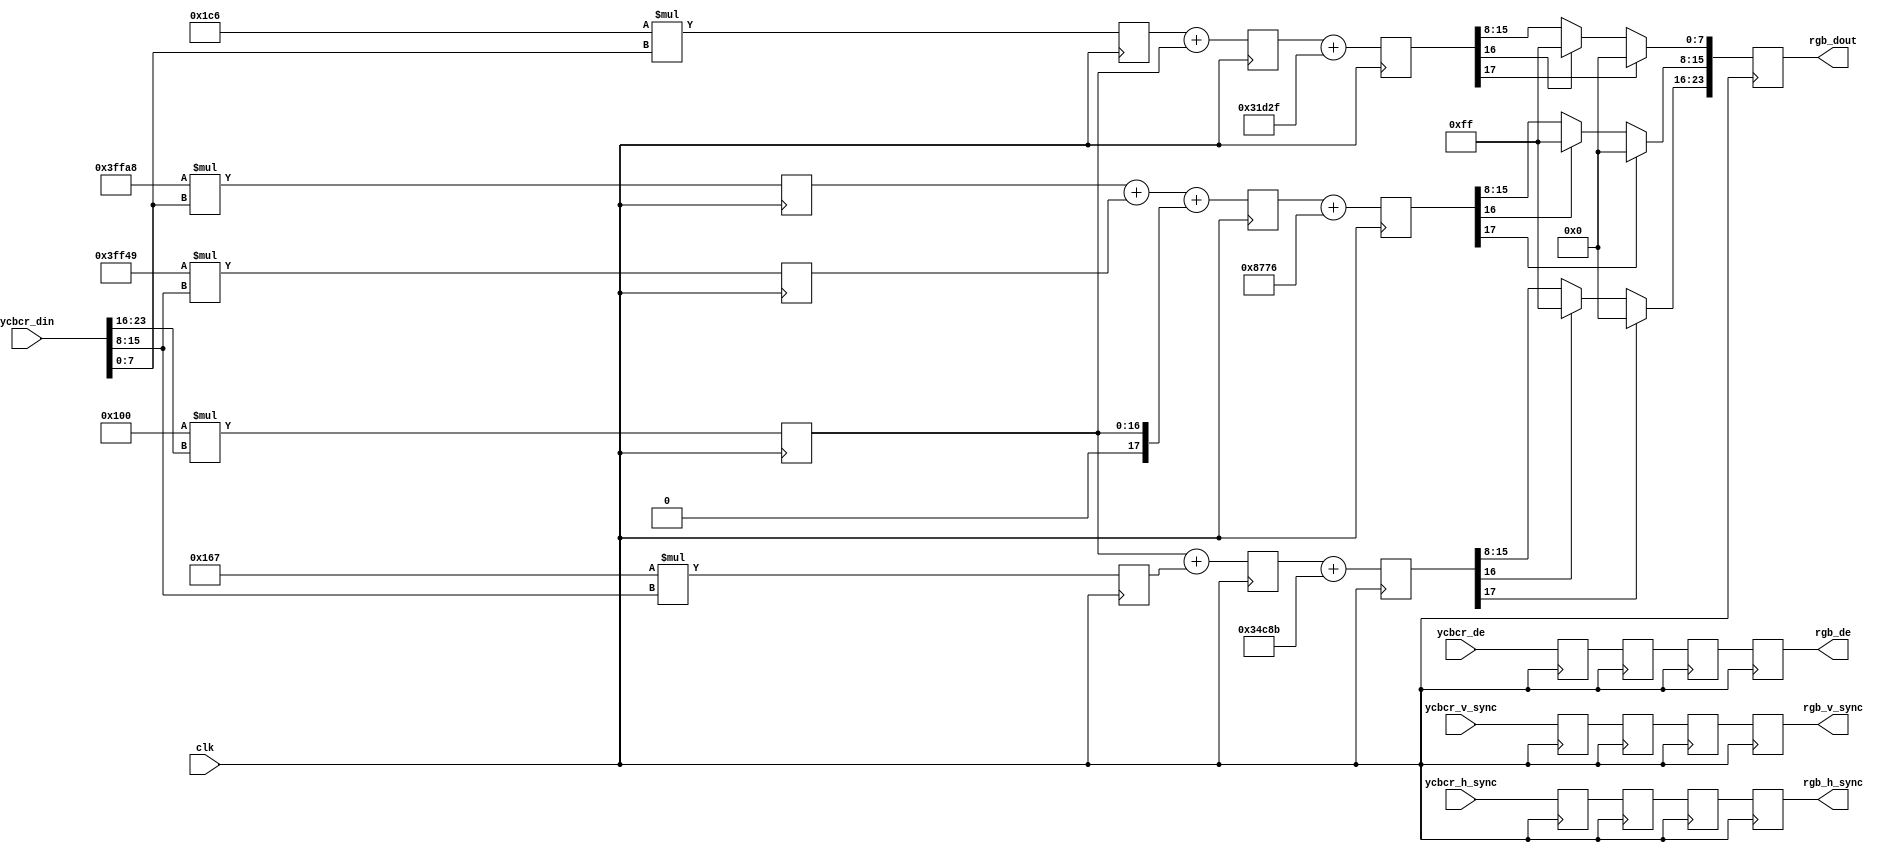
module user_ycbcr2rgb_hdtv #(
	parameter BIT_PER_SYMBLE = 8
)(
input	wire							clk,

input	wire[3*BIT_PER_SYMBLE-1:0]	ycbcr_din,
input	wire						ycbcr_h_sync,
input	wire						ycbcr_v_sync,
input	wire						ycbcr_de,

output	reg	[3*BIT_PER_SYMBLE-1:0]	rgb_dout,
output	reg							rgb_h_sync,
output	reg							rgb_v_sync,
output	reg							rgb_de


);
//============================================================
//R = 1.164(Y-16) + 1.793(Cr - 128) = 1.164*Y + 1.793*Cr -(1.164*16+1.796*128)
//G = 1.164(Y-16) - 0.213(Cb - 128) - 0.534(Cr - 128) = 1.164*Y - 0.213*Cb - 0.534*Cr +(-1.164*16+0.213*128+0.534*128)
//B = 1.164(Y-16) + 2.115(Cb - 128) = 1.164*Y + 2.115*Cb +(-1.164*16-2.115*128)
//============================================================
wire	[7:0]	ycbcr_y = ycbcr_din[23:16];
wire	[7:0]	ycbcr_cr = ycbcr_din[15:8];
wire	[7:0]	ycbcr_cb = ycbcr_din[ 7:0];

reg	signed 	[17:0]	r_coe_y_mux = 'd0;
reg	signed 	[17:0]	r_coe_cr_mux = 'd0;

reg	signed 	[17:0]	g_coe_y_mux	='d0;
reg	signed 	[17:0]	g_coe_cb_mux = 'd0;
reg	signed 	[17:0]	g_coe_cr_mux = 'd0;

reg	signed	[17:0]	b_coe_y_mux	='d0;
reg	signed	[17:0]	b_coe_cb_mux = 'd0;

reg	h_sync_d1 = 'd0;
reg	v_sync_d1	= 'd0;
reg	de_d1 = 'd0;
//==========================================================
//
//==========================================================
always @( posedge clk )
begin
	r_coe_y_mux		<=	9'd256 * {1'b0,ycbcr_y};
	r_coe_cr_mux	<=	9'd359 * {1'b0,ycbcr_cr};
end

always @( posedge clk )
begin
	g_coe_y_mux		<=	9'd256 * {1'b0,ycbcr_y};
	g_coe_cb_mux	<=	-9'd88 *{1'b0,ycbcr_cb};
	g_coe_cr_mux	<=	-9'd183 * {1'b0,ycbcr_cr};
end

always @( posedge clk )
begin
	b_coe_y_mux		<=	9'd256 * {1'b0,ycbcr_y};
	b_coe_cb_mux 	<= 	9'd454 *{1'b0,ycbcr_cb};
end

always @( posedge clk )
begin
	h_sync_d1 	<= 	ycbcr_h_sync;
	v_sync_d1 	<= 	ycbcr_v_sync;
	de_d1		<=	ycbcr_de;
end
//==========================================================
//
//==========================================================
reg	signed	[17:0]	g_add = 'd0;
reg	signed	[17:0]	b_add = 'd0;
reg	signed	[17:0]	r_add = 'd0;
reg	h_sync_d2 = 'd0;
reg	v_sync_d2 = 'd0;
reg	de_d2 = 'd0;
always @( posedge clk )
begin
	r_add	<=	r_coe_y_mux + r_coe_cr_mux;
	g_add	<= 	g_coe_cb_mux + g_coe_cr_mux + g_coe_y_mux;
	b_add	<=	b_coe_cb_mux + b_coe_y_mux;
end
always @( posedge clk )
begin
	h_sync_d2 	<= 	h_sync_d1;
	v_sync_d2 	<= 	v_sync_d1;
	de_d2		<=	de_d1;
end

//==========================================================
//
//==========================================================
reg	signed	[17:0] 	const_r_add = 'd0;
reg	signed	[17:0] 	const_g_add = 'd0;
reg	signed	[17:0]	const_b_add = 'd0;
reg	h_sync_d3 = 'd0;
reg	v_sync_d3 = 'd0;
reg	de_d3 = 'd0;
always @( posedge clk )
begin
	const_r_add <= r_add + -18'd45941;
	const_g_add <= g_add + 18'd34678;
	const_b_add <= b_add + -18'd58065;
end
always @( posedge clk )
begin
	h_sync_d3 	<= 	h_sync_d2;
	v_sync_d3 	<= 	v_sync_d2;
	de_d3		<=	de_d2;
end
//==========================================================
//
//==========================================================
always @(posedge clk)
begin
/*r*/   if(const_r_add[17]) rgb_dout[23:16] <= 8'd0;
	else if(const_r_add[16]) rgb_dout[23:16] <=8'd255;
	else rgb_dout[23:16] <= const_r_add[15:8];
	
/*g*/   if(const_g_add[17]) rgb_dout[15:8] <= 8'd0;
	else if(const_g_add[16]) rgb_dout[15:8] <=8'd255;
	else rgb_dout[15:8] <= const_g_add[15:8];  
	
/*b*/   if(const_b_add[17]) rgb_dout[7:0] <= 8'd0;
	else if(const_b_add[16]) rgb_dout[7:0] <=8'd255;
	else rgb_dout[7:0] <= const_b_add[15:8];      
end
always @( posedge clk )
begin
	rgb_h_sync 	<= 	h_sync_d3;
	rgb_v_sync 	<= 	v_sync_d3;
	rgb_de		<=	de_d3;
end



endmodule